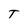
Character: T